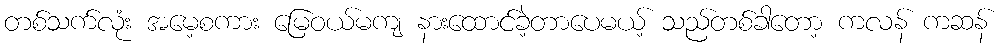
တစ်သက်လုံး အမေ့စကား မြေဝယ်မကျ နားထောင်ခဲ့တာပေမယ့် သည်တစ်ခါတော့ ကလန် ကဆန်